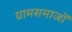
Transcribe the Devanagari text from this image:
ग्रामसमाजों